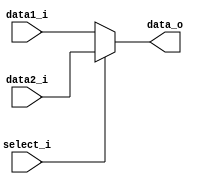
module MUX32(
	data1_i,	// Registers.RTdata_o
	data2_i,	// Sign_Extend.data_o
	select_i,	// Control.ALUSrc_o
	data_o		// ALU.data2_i
);

input	[31:0]	data1_i;
input	[31:0]	data2_i;
input		select_i;
output	[31:0]	data_o;

reg 	[31:0] 	tmpData_O;
assign	data_o = tmpData_O;

always@(*) begin
	if (~select_i) begin
		tmpData_O = data1_i;
	end
	else begin
		tmpData_O = data2_i;
	end
end

endmodule